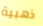
ذهبية